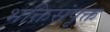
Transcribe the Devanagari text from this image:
भक्तिसंपृक्त